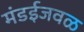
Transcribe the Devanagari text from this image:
मंडईजवळ